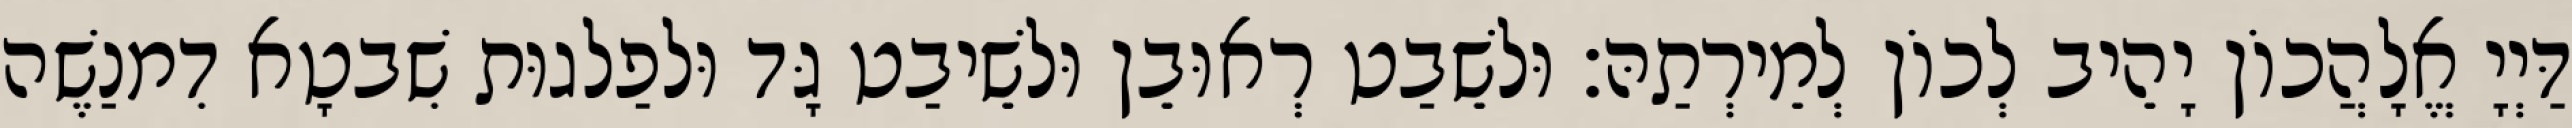
דַּיְיָ אֱלָהֲכוֹן יָהֵיב לְכוֹן לְמֵירְתַהּ׃ וּלשֵׁבַט רְאוּבֵן וּלשֵׁיבַט גָּד וּלפַלגוּת שִׁבטָא דִמנַשֶׁה